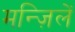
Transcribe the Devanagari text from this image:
मन्ज़िलें